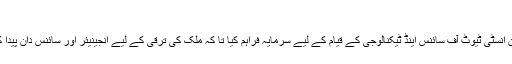
‘
انھوں نے انڈین انسٹی ٹیوٹ آف سائنس اینڈ ٹیکنالوجی کے قیام کے لیے سرمایہ فراہم کیا تا کہ ملک کی ترقی کے لیے انجینیئر اور سائنس دان پیدا کیے جا سکیں۔